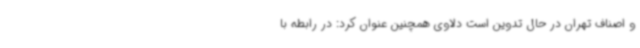
و اصناف تهران در حال تدوین است دلاوی همچنین عنوان کرد: در رابطه با